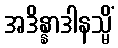
အဒိန္နာဒါနသ္မိံ